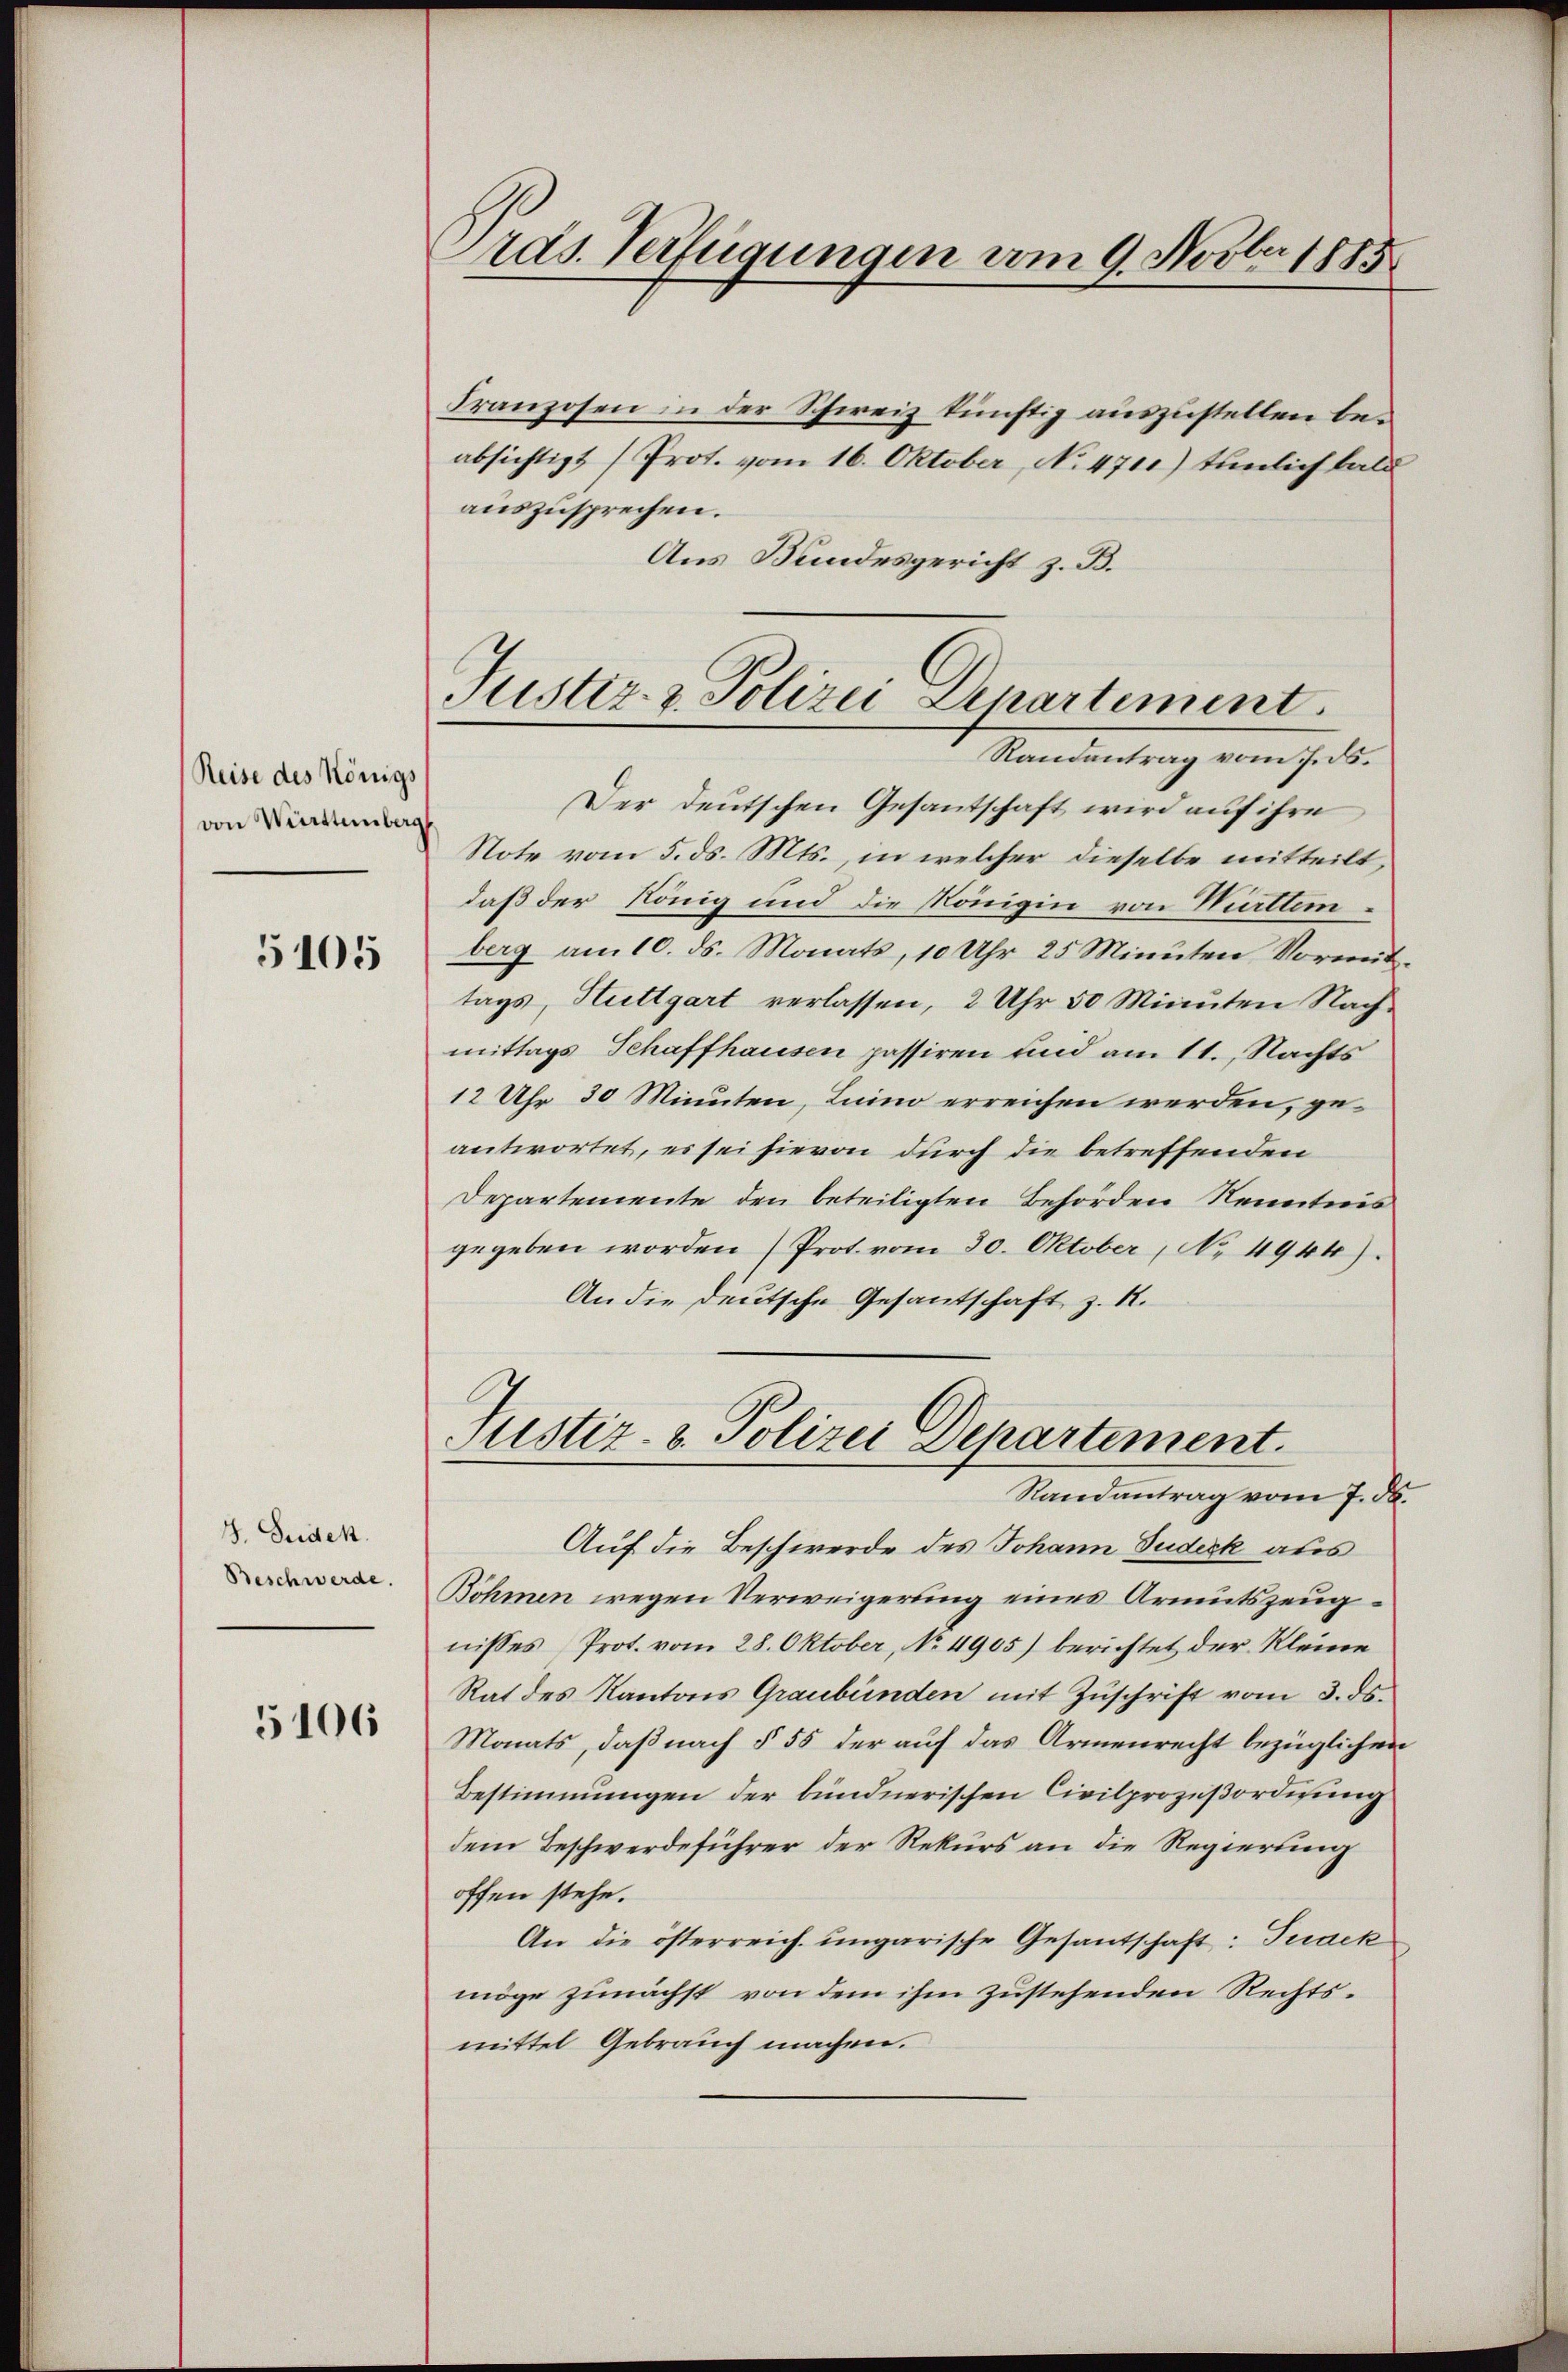
Reise des Königs
von Württemberg

5105

3. Seiden.
Beschwerde.

5106

Ords Verfügungen vom 9. Novber 1885

Justiz- & Polizei Departement.
Randantrag vom 7. ds.

Franzosen in der Schweiz künftig auszustellen beabsichtigt (Prot. vom 16. Oktober, No 471) tunlich bald
auszusprechen.
Aus Bundesgericht z. B.
Der deutschen Gesantschaft wird auf ihre
Note vom 5. ds. Mts., in welcher dieselbe mitteilt,
daß der König und die Königin von Witteinberg am 10. ds. Monats, 10 Uhr 25 Minuten Vormittags, Stuttgart verlassen, 2 Uhr 50 Minuten Nachmittags Schaffhausen passiren und am 11. Nachts
12 Uhr 30 Minuten, Luino erreichen werden, geantwortet, es sei hievon durch die betreffenden
Departemente den beteiligten Behörden Kenntnis
gegeben worden (Prot. vom 30. Oktober, No 4944).
An die Deutsche Gesantschaft z. R.
Justiz- & Polizei Departement.
Randantrag vom 7. d.
Auf die Beschwerde des Johann Sudeck aus
Böhmen wegen Verweigerung eines Armutszeugnisses Prot. vom 28. Oktober, No. 4905) berichtet der Kleine
Rat des Kantons Graubünden mit Zŭschrift vom 3. ds.
Monats, daß nach § 55 der auf das Armenrecht bezüglichen
Bestimmungen der bundnerischen Civilprozeßordnung
dem Beschwerdeführer der Rekurs an die Regierung
offen stehe.
An die österreich ungarische Gesantschaft: Tuack
möge zunächst von dem ihm zustehenden Rechtsmittel Gebrauch machen.